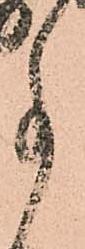
事